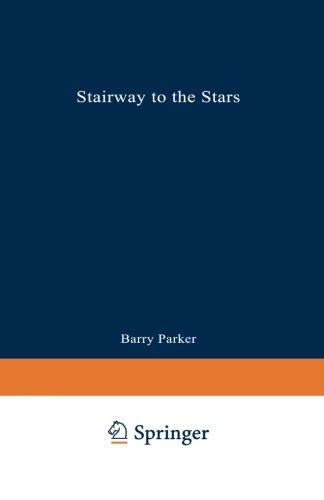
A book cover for Stairway to the Stars: The Story of the World's Largest Observatory; Barry R. PARKER; Science & Math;